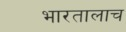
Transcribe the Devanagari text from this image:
भारतालाच